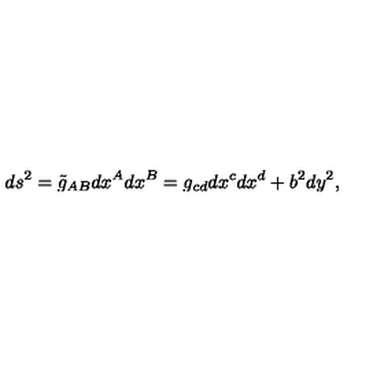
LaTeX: d s ^ { 2 } = \tilde { g } _ { A B } d x ^ { A } d x ^ { B } = g _ { c d } d x ^ { c } d x ^ { d } + b ^ { 2 } d y ^ { 2 } ,